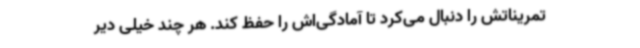
تمریناتش را دنبال می‌کرد تا آمادگی‌اش را حفظ کند. هر چند خیلی دیر